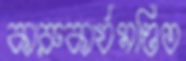
কারুকার্যমণ্ডিত